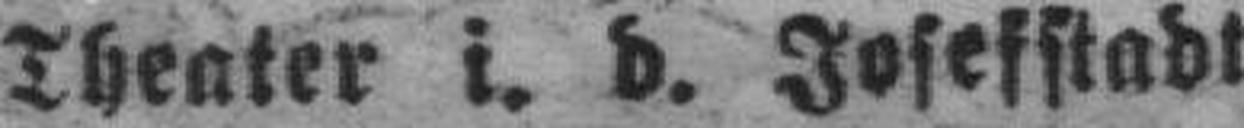
Theater i. d. Josefstadt